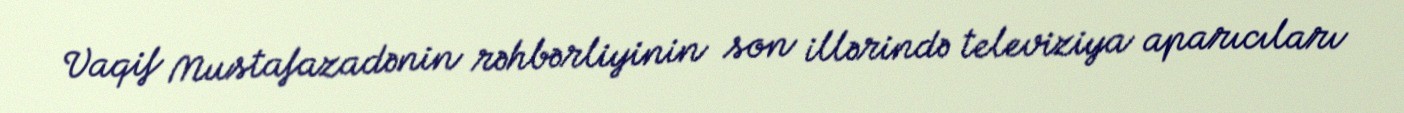
Vaqif Mustafazadənin rəhbərliyinin son illərində televiziya aparıcıları